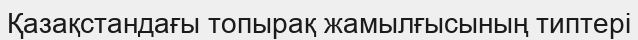
Қазақстандағы топырақ жамылғысының типтері